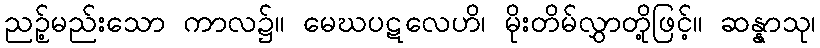
ညဉ့်မည်းသော ကာလ၌။ မေဃပဋလေဟိ၊ မိုးတိမ်လွှာတို့ဖြင့်။ ဆန္နာသု၊